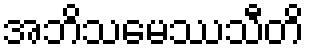
အဘိသမေဿသီတိ